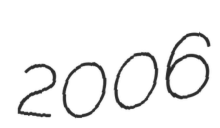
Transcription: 2006